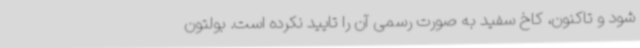
شود و تاکنون، کاخ سفید به صورت رسمی آن را تایید نکرده است. بولتون